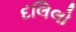
દલિલો